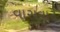
વાસવાટ